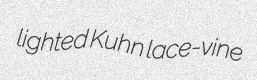
lighted Kuhn lace-vine